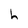
Character: h